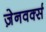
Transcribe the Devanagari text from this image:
ज़ेनवर्क्स